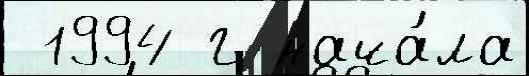
 1994 г нача́ла